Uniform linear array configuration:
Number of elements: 8
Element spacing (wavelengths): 0.5
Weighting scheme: uniform
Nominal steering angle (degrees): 15
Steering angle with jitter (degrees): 13.105
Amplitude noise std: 0.05
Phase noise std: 0.05

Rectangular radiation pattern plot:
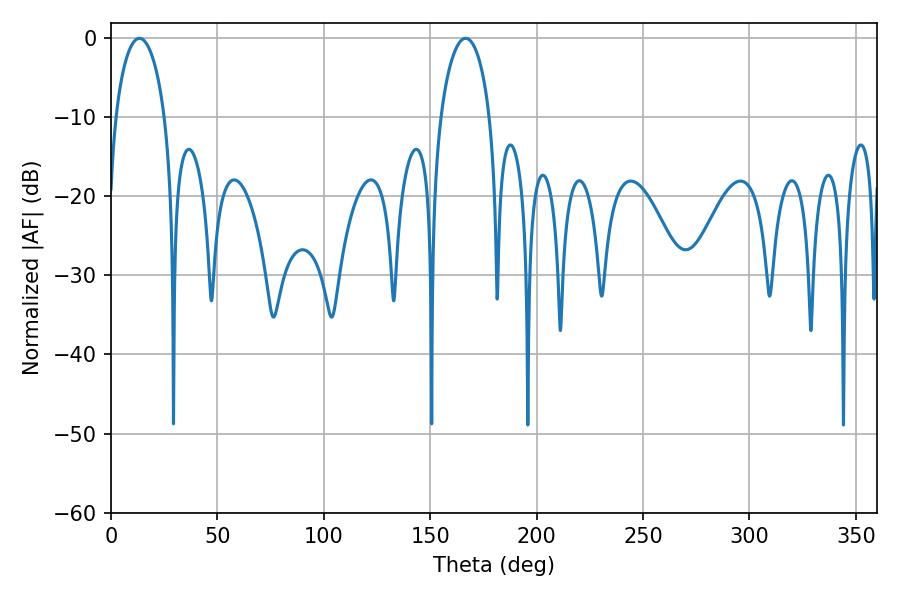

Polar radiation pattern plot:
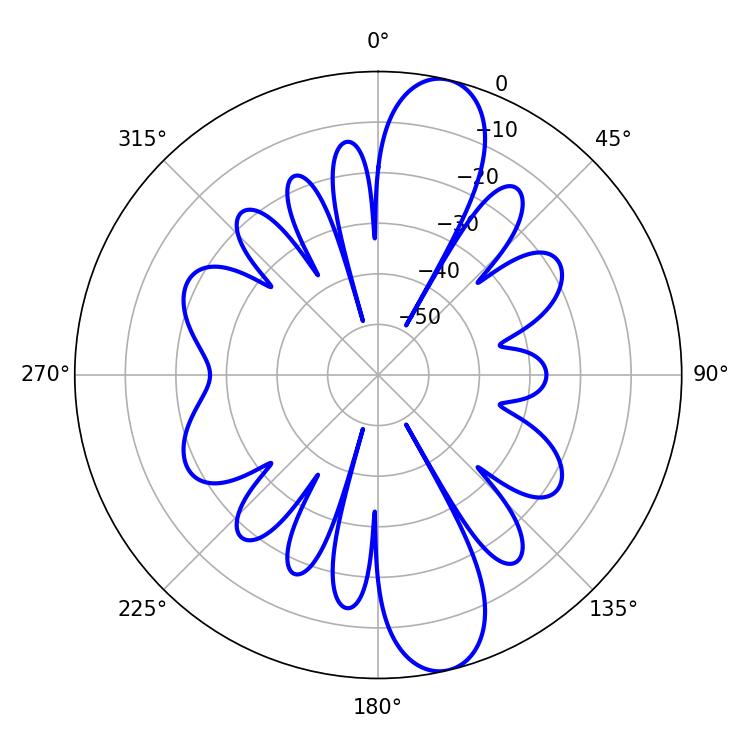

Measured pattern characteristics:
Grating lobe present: FALSE
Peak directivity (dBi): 12.612
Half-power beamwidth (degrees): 13.32
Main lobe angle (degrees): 13.32